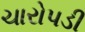
ચારોપડી